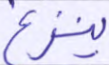
ينزغ